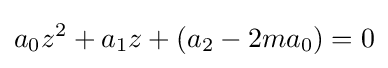
a_{0}z^{2}+a_{1}z+(a_{2}-2ma_{0})=0